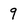
Character: 9